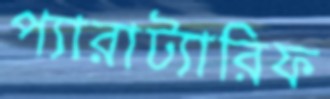
প্যারাট্যারিফ